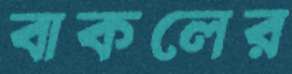
বাকলের